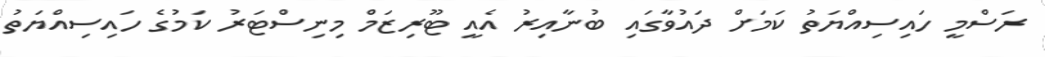
ރަސްމީ ހައިސިއްޔަތު ކަމަށް ދައުވާގައި ބުނާއިރު އެއީ ޓޫރިޒަމް މިނިސްޓަރު ކަމުގެ ހައިސިއްޔަތު